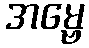
အမ္ဗေ